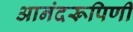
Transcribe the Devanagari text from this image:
आनंदरूपिणी